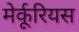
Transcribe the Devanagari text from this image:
मेर्कूरियस